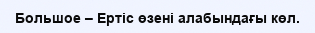
Большое – Ертіс өзені алабындағы көл.